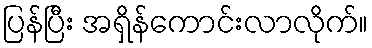
ပြန်ပြီး အရှိန်ကောင်းလာလိုက်။